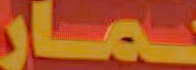
ــمار